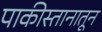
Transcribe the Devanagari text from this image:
पाकीस्तानातून